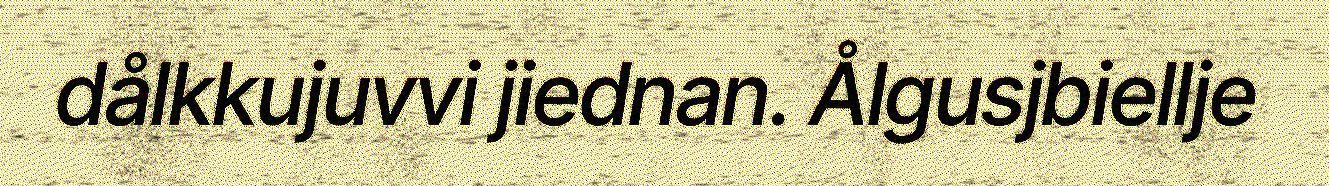
dålkkujuvvi jiednan. Ålgusjbiellje